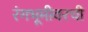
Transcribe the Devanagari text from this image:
रंगभूमीवरची